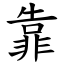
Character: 靠